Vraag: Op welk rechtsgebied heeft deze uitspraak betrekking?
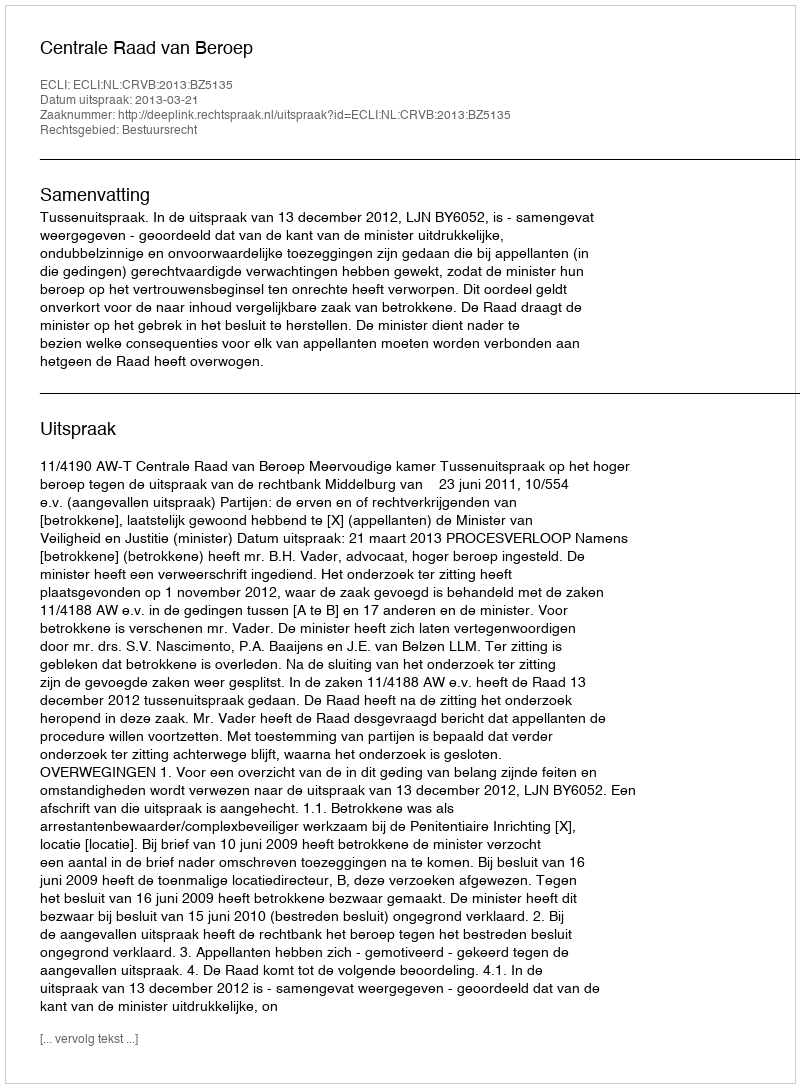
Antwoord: Bestuursrecht